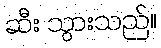
ဆီး သွားသည်။